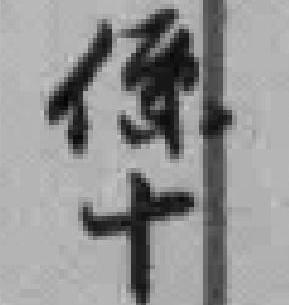
係十